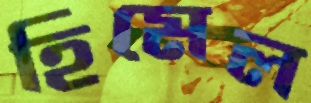
হিমেল